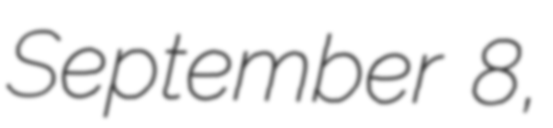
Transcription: September 8,